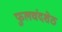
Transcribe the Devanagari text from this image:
फुलचंदशेठ